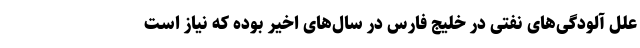
علل آلودگی‌های نفتی در خلیج فارس در سال‌های اخیر بوده که نیاز است